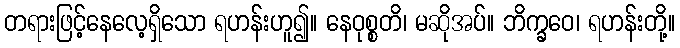
တရားဖြင့်နေလေ့ရှိသော ရဟန်းဟူ၍။ နေဝုစ္စတိ၊ မဆိုအပ်။ ဘိက္ခဝေ၊ ရဟန်းတို့။